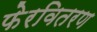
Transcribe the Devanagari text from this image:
फेरवितरण